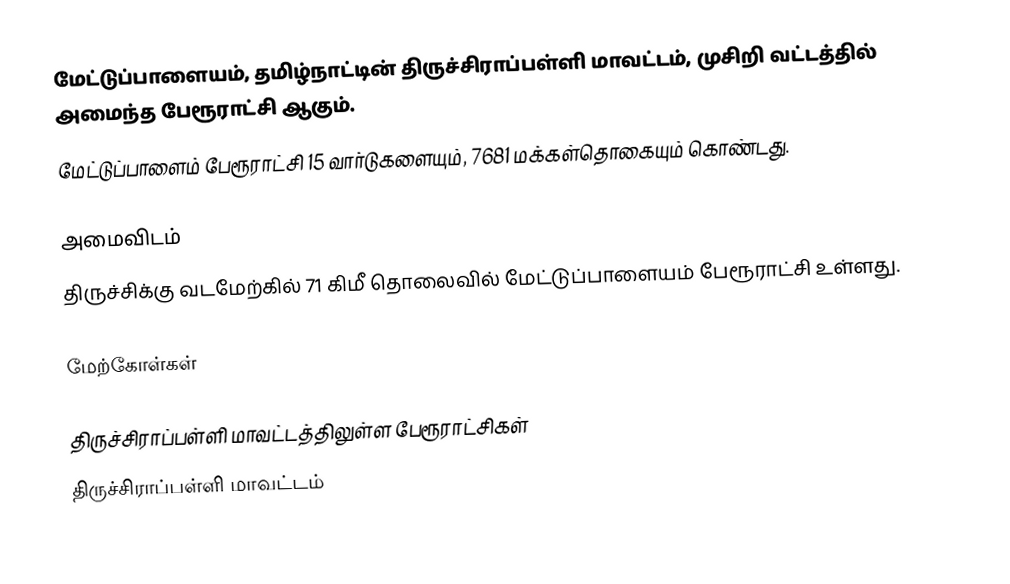
மேட்டுப்பாளையம், தமிழ்நாட்டின் திருச்சிராப்பள்ளி மாவட்டம், முசிறி வட்டத்தில் அமைந்த பேரூராட்சி ஆகும்.
மேட்டுப்பாளைம் பேரூராட்சி 15 வார்டுகளையும், 7681 மக்கள்தொகையும் கொண்டது.

அமைவிடம்
திருச்சிக்கு வடமேற்கில் 71 கிமீ தொலைவில் மேட்டுப்பாளையம் பேரூராட்சி உள்ளது.

மேற்கோள்கள்

திருச்சிராப்பள்ளி மாவட்டத்திலுள்ள பேரூராட்சிகள்
திருச்சிராப்பள்ளி மாவட்டம்